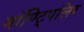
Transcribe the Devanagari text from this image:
मॉण्ट्पिलिर